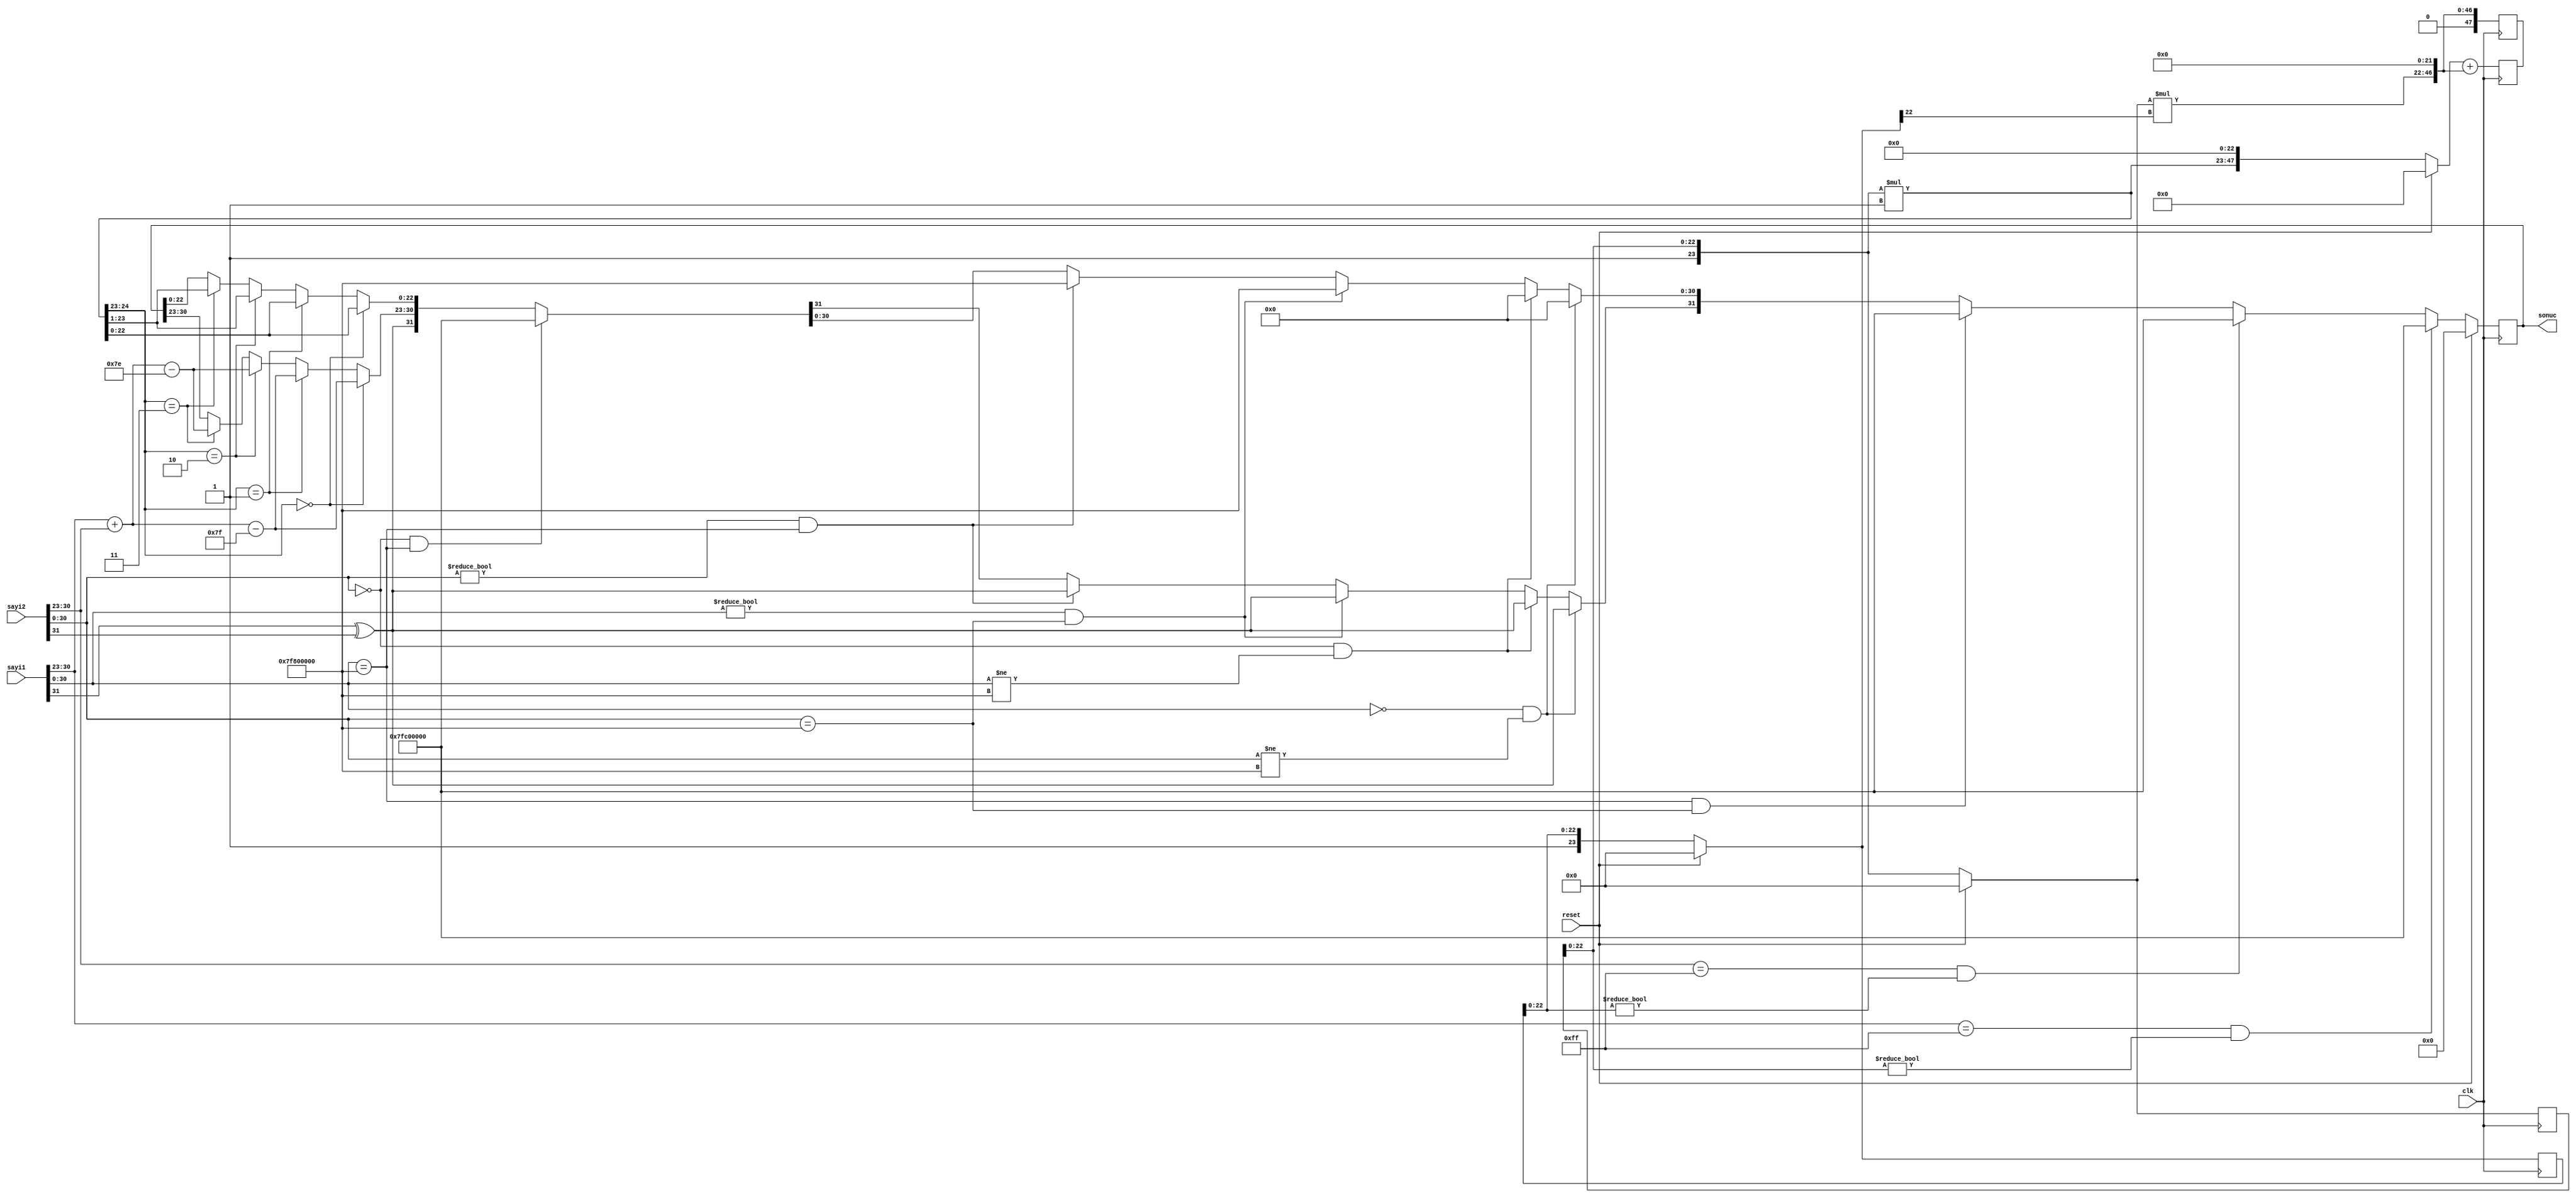
`timescale 1ns / 1ps

module carpici(input clk, reset, input [31:0] sayi1, sayi2, output reg [31:0] sonuc);
    
    reg[47:0] sum, carpim;
    reg[23:0] s1, s2;
    reg[4:0] basamak;
    reg [30:0] sifir, sonsuz;

    // baslangic ve reset aninda calisir
    always@(sayi1 or sayi2 or reset) begin      
        sifir  = 31'b0000000000000000000000000000000;   // sifir degiskeni
        sonsuz = 31'b1111111100000000000000000000000;   // sonsuz degiskeni
        s1 = {1'b1, sayi1[0 +:23]};                     // sayi1 value kismi
        s2 = {1'b1, sayi2[0 +:23]};                     // sayi2 value kismi

        sonuc[31] = sayi1[31] ^ sayi2[31];              // sonuc isaret biti    
        basamak = 23;                                   // carpilan basamak
        carpim = (s1*(s2[basamak])) << basamak;         // carpim
        sum = carpim;                                   // sum ilk deger atamasi
    end
    
    // clk posedge aninda calisir 
    always@(posedge clk) begin

        if( sayi1[30:23] == sonsuz[30:23] && sayi1[22:0] != sonsuz[22:0]) begin             // NaN
            sonuc = 32'b01111111110000000000000000000000;
        end else if( sayi2[30:23] == sonsuz[30:23] && sayi2[22:0] != sonsuz[22:0]) begin    // NaN
            sonuc = 32'b01111111110000000000000000000000;
        end else if(sayi1[30:0] == sonsuz && sayi2[30:0] == sonsuz) begin                   // sonsuz * sonsuz
            sonuc = 32'b01111111110000000000000000000000;
        end else if(sayi1[30:0] == sifir && sayi2[30:0] != sonsuz) begin                    // sifir * !sonsuz
            sonuc[30:0] = sifir;
        end else if(sayi2[30:0] == sifir && sayi1[30:0] != sonsuz) begin                    // !sonsuz * sifir
            sonuc[30:0] = sifir;
        end else if(sayi1[30:0] != sifir && sayi2[30:0] == sonsuz) begin                    // !sifir * sonsuz
            sonuc[30:0] = sonsuz;
        end else if(sayi2[30:0] != sifir && sayi1[30:0] == sonsuz) begin                    // sonsuz * !sifir
            sonuc[30:0] = sonsuz;
        end else if(sayi2[30:0] == sifir && sayi1[30:0] == sonsuz) begin                    // sonsuz * sifir
            sonuc = 32'b01111111110000000000000000000000;
        end else if(sayi2[30:0] == sifir && sayi1[30:0] == sonsuz) begin                    // sifir * sonsuz
            sonuc = 32'b01111111110000000000000000000000;
        end else if(sum[47:46] == 0) begin                                                  // virgulden once basamak 0 
            sonuc[0 +:23] = sum[45 -:23];
            sonuc[30 -:8] = sayi1[30 -:8] + sayi2[30 -:8] -127;                                 
        end else if(sum[47:46] == 1)begin                                                   // virgulden once basamak 1
            sonuc[0 +:23] = sum[45 -:23];
            sonuc[30 -:8] = sayi1[30 -:8] + sayi2[30 -:8] -127;
        end else if(sum[47:46] == 2)begin                                                   // virgulden once basamak 2
            sonuc[0 +:23] = sum[46 -:23];
            sonuc[30 -:8] = sayi1[30 -:8] + sayi2[30 -:8] -126;
        end else if(sum[47:46] == 3)begin                                                   // virgulden once basamak 2
            sonuc[0 +:23] = sum[46 -:23];
            sonuc[30 -:8] = sayi1[30 -:8] + sayi2[30 -:8] -126;
        end
        
        if(reset) begin     // reset
            sonuc = 0;
            carpim = 0;
            sum = 0;
            s1 = 0;
            s2 = 0;
            basamak = 23;
        end
        if(basamak >= 0) begin    
            basamak = basamak - 1;                          // sonraki cevirim icin gerekli
            carpim = (s1*(s2[basamak])) << basamak;         // sonraki cevirim icin gerekli
            sum = sum + carpim;                             // sonraki cevirim icin gerekli
        end
    end
endmodule